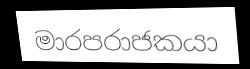
මාරපරාජකයා